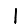
Digit: 1